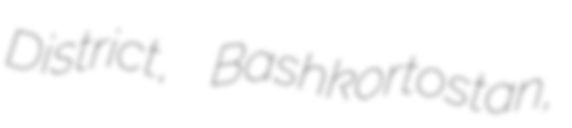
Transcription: District, Bashkortostan,